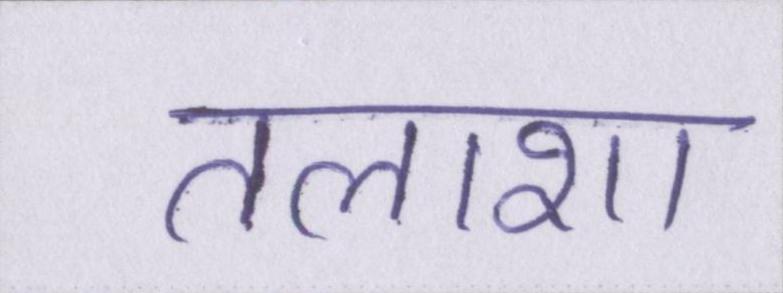
तलाशा